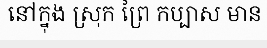
នៅក្នុង ស្រុក ព្រៃ កប្បាស មាន